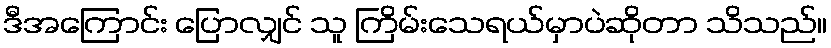
ဒီအကြောင်း ပြောလျှင် သူ ကြိမ်းသေရယ်မှာပဲဆိုတာ သိသည်။